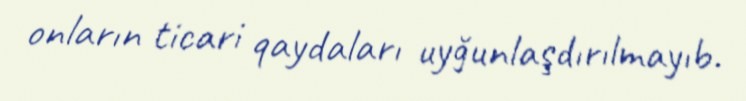
onların ticari qaydaları uyğunlaşdırılmayıb.